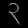
Digit: ၃